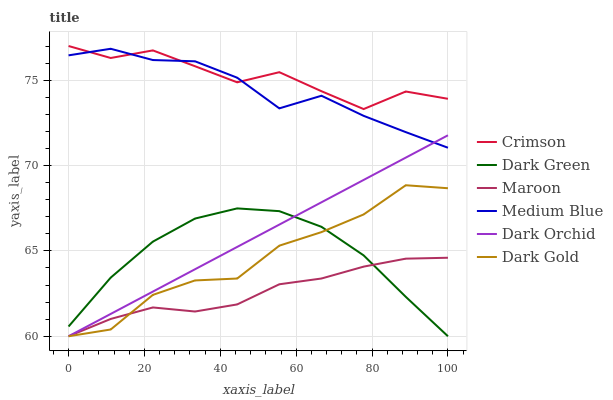
| xaxis_label | Crimson | Dark Green | Maroon | Medium Blue | Dark Orchid | Dark Gold |
 | --- | --- | --- | --- | --- | --- | --- |
 | 0 | 77 | 60.6 | 60 | 76.5 | 60 | 60 |
 | 11.1 | 76.3 | 63.4 | 61 | 76.8 | 61.3 | 60.4 |
 | 22.2 | 76.7 | 65.5 | 61.7 | 76.2 | 62.6 | 62.4 |
 | 33.3 | 75.8 | 66.9 | 61.4 | 76.1 | 63.9 | 63.3 |
 | 44.4 | 74.9 | 67.5 | 61.9 | 75.1 | 65.2 | 63.4 |
 | 55.6 | 75.5 | 67.3 | 63 | 73.3 | 66.5 | 65.3 |
 | 66.7 | 74.4 | 66.4 | 63.4 | 74.1 | 67.8 | 66.1 |
 | 77.8 | 73.3 | 64.7 | 64.1 | 72.9 | 69.2 | 67.1 |
 | 88.9 | 74.3 | 62.3 | 64.5 | 72 | 70.5 | 68.8 |
 | 100 | 73.9 | 60 | 64.6 | 71 | 71.8 | 68.7 |